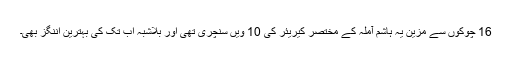
16 چوکوں سے مزین یہ ہاشم آملہ کے مختصر کیریئر کی 10 ویں سنچری تھی اور بلاشبہ اب تک کی بہترین اننگز بھی۔